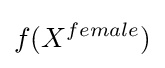
f(X^{female})